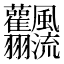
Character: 𩙣